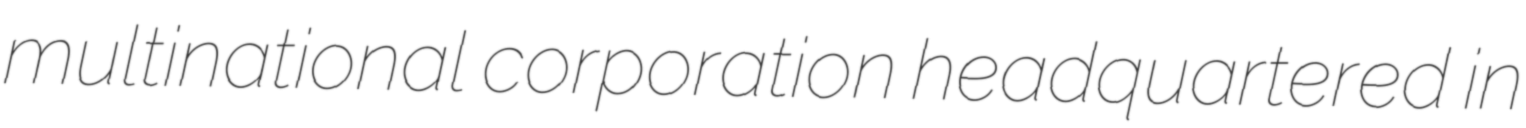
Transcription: multinational corporation headquartered in